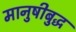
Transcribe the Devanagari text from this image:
मानुषीबुद्ध